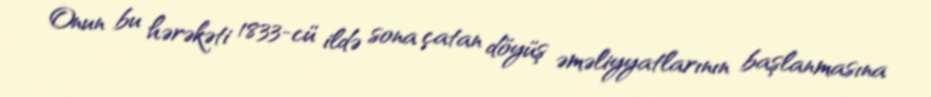
Onun bu hərəkəti 1833-cü ildə sona çatan döyüş əməliyyatlarının başlanmasına